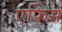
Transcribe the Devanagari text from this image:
एफिस